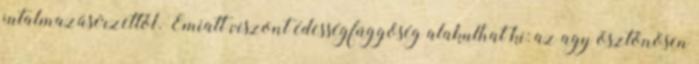
jutalmazásérzettől. Emiatt viszont édességfüggőség alakulhat ki: az agy ösztönösen